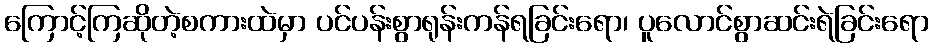
ကြောင့်ကြဆိုတဲ့စကားထဲမှာ ပင်ပန်းစွာရုန်းကန်ရခြင်းရော၊ ပူလောင်စွာဆင်းရဲခြင်းရော